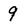
Character: 9